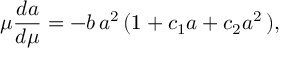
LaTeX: \mu \frac { d a } { d \mu } = - b \, a ^ { 2 } \, ( 1 + c _ { 1 } a + c _ { 2 } a ^ { 2 } \, ) ,